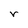
Character: r